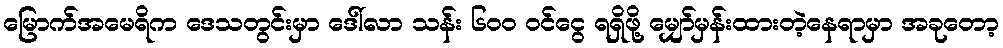
မြောက်အမေရိက ဒေသတွင်းမှာ ဒေါ်လာ သန်း ၆၀၀ ဝင်ငွေ ရရှိဖို့ မျှော်မှန်းထားတဲ့နေရာမှာ အခုတော့